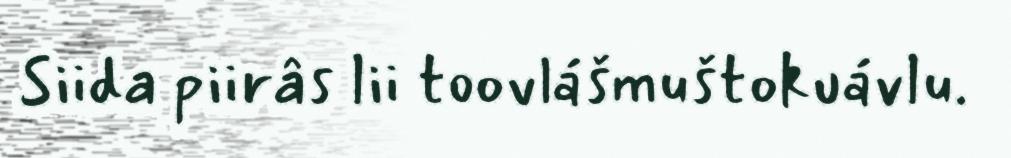
Siida piirâs lii toovlášmuštokuávlu.